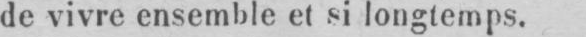
de vivre ensemble et si longtemps.